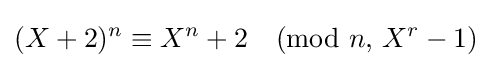
(X+2)^{n}\equiv X^{n}+2{\pmod {n,\,X^{r}-1}}